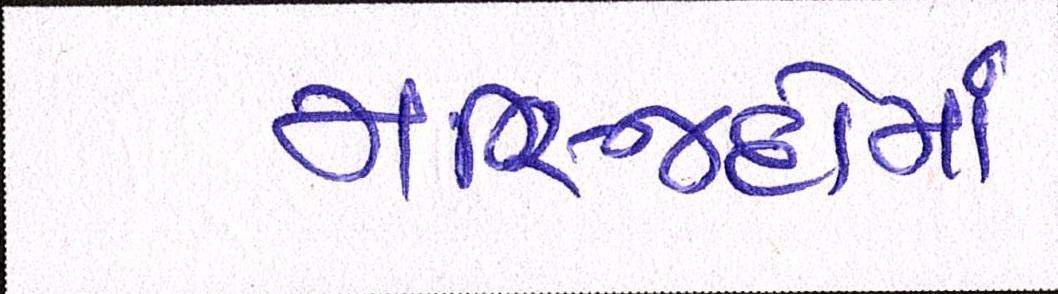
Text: મસ્જિદોમાં